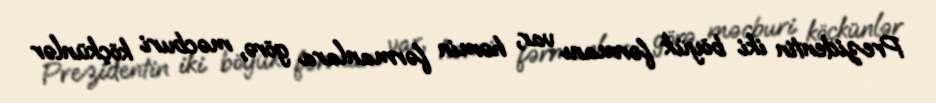
Prezidentin iki böyük fərmanı var, həmin fərmanlara görə, məcburi köçkünlər